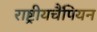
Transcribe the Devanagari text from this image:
राष्ट्रीयचैंपियन